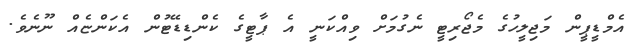
އެމްޑީޕީން މަޖިލީހުގެ މެޖޯރިޓީ ނެގުމަށް ވިއްކަނީ އެ ޕާޓީގެ ކެންޑިޑޭޓުން އެކަންޏެއް ނޫނެވެ.